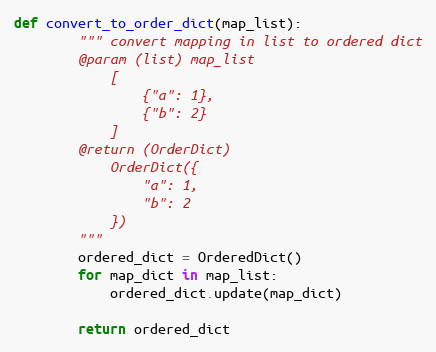
Language: Python
def convert_to_order_dict(map_list):
        """ convert mapping in list to ordered dict
        @param (list) map_list
            [
                {"a": 1},
                {"b": 2}
            ]
        @return (OrderDict)
            OrderDict({
                "a": 1,
                "b": 2
            })
        """
        ordered_dict = OrderedDict()
        for map_dict in map_list:
            ordered_dict.update(map_dict)

        return ordered_dict